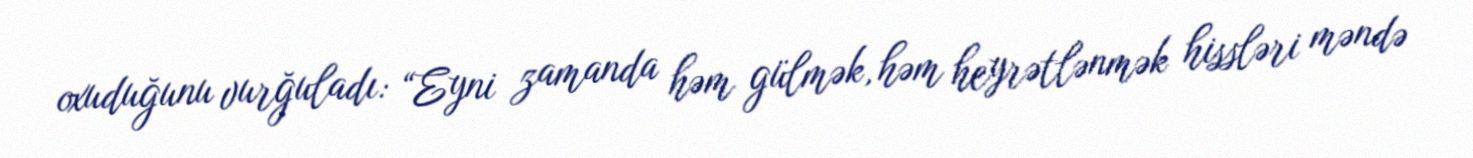
oxuduğunu vurğuladı: “Eyni zamanda həm gülmək, həm heyrətlənmək hissləri məndə